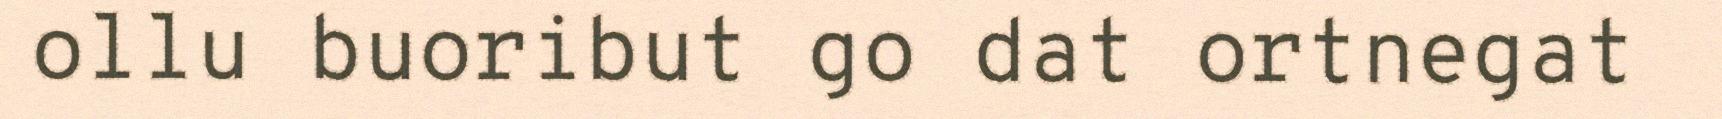
ollu buoribut go dat ortnegat